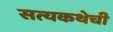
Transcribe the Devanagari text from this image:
सत्यकथेची